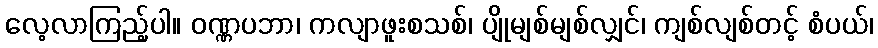
လေ့လာကြည့်ပါ။ ဝဏ္ဏပဘာ၊ ကလျာဖူးစသစ်၊ ပျိုမျစ်မျစ်လျှင်၊ ကျစ်လျစ်တင့် စံပယ်၊